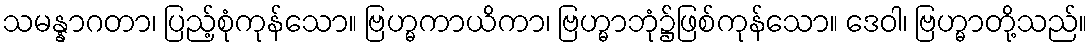
သမန္နာဂတာ၊ ပြည့်စုံကုန်သော။ ဗြဟ္မကာယိကာ၊ ဗြဟ္မာဘုံ၌ဖြစ်ကုန်သော။ ဒေဝါ၊ ဗြဟ္မာတို့သည်။